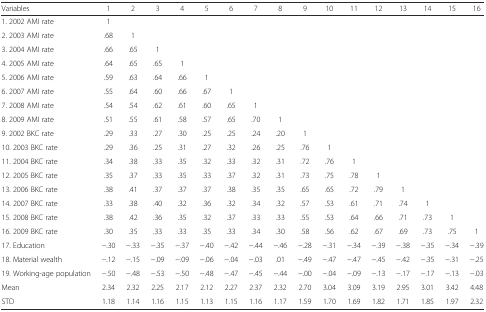
<table><thead><tr><td><b>Variables</b></td><td><b>1</b></td><td><b>2</b></td><td><b>3</b></td><td><b>4</b></td><td><b>5</b></td><td><b>6</b></td><td><b>7</b></td><td><b>8</b></td><td><b>9</b></td><td><b>10</b></td><td><b>11</b></td><td><b>12</b></td><td><b>13</b></td><td><b>14</b></td><td><b>15</b></td><td><b>16</b></td></tr></thead><tbody><tr><td>1. 2002 AMI rate</td><td>1</td><td></td><td></td><td></td><td></td><td></td><td></td><td></td><td></td><td></td><td></td><td></td><td></td><td></td><td></td><td></td></tr><tr><td>2. 2003 AMI rate</td><td>.68</td><td>1</td><td></td><td></td><td></td><td></td><td></td><td></td><td></td><td></td><td></td><td></td><td></td><td></td><td></td><td></td></tr><tr><td>3. 2004 AMI rate</td><td>.66</td><td>.65</td><td>1</td><td></td><td></td><td></td><td></td><td></td><td></td><td></td><td></td><td></td><td></td><td></td><td></td><td></td></tr><tr><td>4. 2005 AMI rate</td><td>.64</td><td>.65</td><td>.65</td><td>1</td><td></td><td></td><td></td><td></td><td></td><td></td><td></td><td></td><td></td><td></td><td></td><td></td></tr><tr><td>5. 2006 AMI rate</td><td>.59</td><td>.63</td><td>.64</td><td>.66</td><td>1</td><td></td><td></td><td></td><td></td><td></td><td></td><td></td><td></td><td></td><td></td><td></td></tr><tr><td>6. 2007 AMI rate</td><td>.55</td><td>.64</td><td>.60</td><td>.66</td><td>.67</td><td>1</td><td></td><td></td><td></td><td></td><td></td><td></td><td></td><td></td><td></td><td></td></tr><tr><td>7. 2008 AMI rate</td><td>.54</td><td>.54</td><td>.62</td><td>.61</td><td>.60</td><td>.65</td><td>1</td><td></td><td></td><td></td><td></td><td></td><td></td><td></td><td></td><td></td></tr><tr><td>8. 2009 AMI rate</td><td>.51</td><td>.55</td><td>.61</td><td>.58</td><td>.57</td><td>.65</td><td>.70</td><td>1</td><td></td><td></td><td></td><td></td><td></td><td></td><td></td><td></td></tr><tr><td>9. 2002 BKC rate</td><td>.29</td><td>.33</td><td>.27</td><td>.30</td><td>.25</td><td>.25</td><td>.24</td><td>.20</td><td>1</td><td></td><td></td><td></td><td></td><td></td><td></td><td></td></tr><tr><td>10. 2003 BKC rate</td><td>.29</td><td>.36</td><td>.25</td><td>.31</td><td>.27</td><td>.32</td><td>.26</td><td>.25</td><td>.76</td><td>1</td><td></td><td></td><td></td><td></td><td></td><td></td></tr><tr><td>11. 2004 BKC rate</td><td>.34</td><td>.38</td><td>.33</td><td>.35</td><td>.32</td><td>.33</td><td>.32</td><td>.31</td><td>.72</td><td>.76</td><td>1</td><td></td><td></td><td></td><td></td><td></td></tr><tr><td>12. 2005 BKC rate</td><td>.35</td><td>.37</td><td>.33</td><td>.35</td><td>.33</td><td>.37</td><td>.32</td><td>.31</td><td>.73</td><td>.75</td><td>.78</td><td>1</td><td></td><td></td><td></td><td></td></tr><tr><td>13. 2006 BKC rate</td><td>.38</td><td>.41</td><td>.37</td><td>.37</td><td>.37</td><td>.38</td><td>.35</td><td>.35</td><td>.65</td><td>.65</td><td>.72</td><td>.79</td><td>1</td><td></td><td></td><td></td></tr><tr><td>14. 2007 BKC rate</td><td>.33</td><td>.38</td><td>.40</td><td>.32</td><td>.36</td><td>.32</td><td>.34</td><td>.32</td><td>.57</td><td>.53</td><td>.61</td><td>.71</td><td>.74</td><td>1</td><td></td><td></td></tr><tr><td>15. 2008 BKC rate</td><td>.38</td><td>.42</td><td>.36</td><td>.35</td><td>.32</td><td>.37</td><td>.33</td><td>.33</td><td>.55</td><td>.53</td><td>.64</td><td>.66</td><td>.71</td><td>.73</td><td>1</td><td></td></tr><tr><td>16. 2009 BKC rate</td><td>.30</td><td>.35</td><td>.33</td><td>.33</td><td>.35</td><td>.33</td><td>.34</td><td>.30</td><td>.58</td><td>.56</td><td>.62</td><td>.67</td><td>.69</td><td>.73</td><td>.75</td><td>1</td></tr><tr><td>17. Education</td><td>−.30</td><td>−.33</td><td>−.35</td><td>−.37</td><td>−.40</td><td>−.42</td><td>−.44</td><td>−.46</td><td>−.28</td><td>−.31</td><td>−.34</td><td>−.39</td><td>−.38</td><td>−.35</td><td>−.34</td><td>−.39</td></tr><tr><td>18. Material wealth</td><td>−.12</td><td>−.15</td><td>−.09</td><td>−.09</td><td>−.06</td><td>−.04</td><td>−.03</td><td>.01</td><td>−.49</td><td>−.47</td><td>−.47</td><td>−.45</td><td>−.42</td><td>−.35</td><td>−.31</td><td>−.25</td></tr><tr><td>19. Working-age population</td><td>−.50</td><td>−.48</td><td>−.53</td><td>−.50</td><td>−.48</td><td>−.47</td><td>−.45</td><td>−.44</td><td>−.00</td><td>−.04</td><td>−.09</td><td>−.13</td><td>−.17</td><td>−.17</td><td>−.13</td><td>−.03</td></tr><tr><td>Mean</td><td>2.34</td><td>2.32</td><td>2.25</td><td>2.17</td><td>2.12</td><td>2.27</td><td>2.37</td><td>2.32</td><td>2.70</td><td>3.04</td><td>3.09</td><td>3.19</td><td>2.95</td><td>3.01</td><td>3.42</td><td>4.48</td></tr><tr><td>STD</td><td>1.18</td><td>1.14</td><td>1.16</td><td>1.15</td><td>1.13</td><td>1.15</td><td>1.16</td><td>1.17</td><td>1.59</td><td>1.70</td><td>1.69</td><td>1.82</td><td>1.71</td><td>1.85</td><td>1.97</td><td>2.32</td></tr></tbody></table>